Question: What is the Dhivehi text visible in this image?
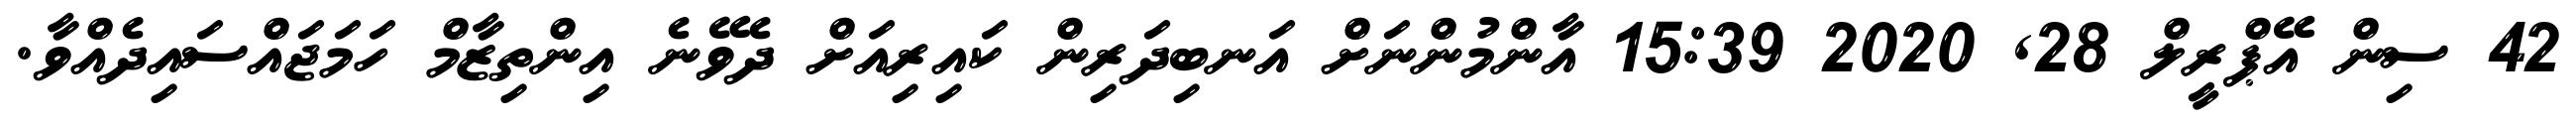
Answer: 42 ސިން އޭޕްރީލް 28, 2020 15:39 އާންމުންނަށް އަނބިދަރިން ކައިރިއަށް ދެވޭނެ އިންތިޒާމް ހަމަޖައްސައިދެއްވާ.